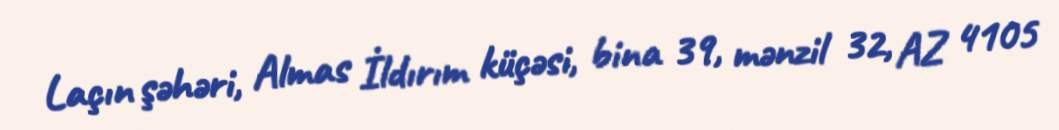
Laçın şəhəri, Almas İldırım küçəsi, bina 39, mənzil 32, AZ 4105